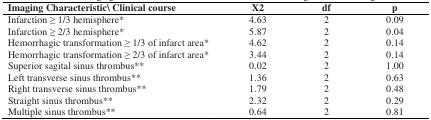
<table><thead><tr><td><b>Imaging Characteristic\ Clinical course</b></td><td><b>X2</b></td><td><b>df</b></td><td><b>p</b></td></tr></thead><tbody><tr><td>Infarction ≥ 1/3 hemisphere*</td><td>4.63</td><td>2</td><td>0.09</td></tr><tr><td>Infarction ≥ 2/3 hemisphere*</td><td>5.87</td><td>2</td><td>0.04</td></tr><tr><td>Hemorrhagic transformation ≥ 1/3 of infarct area*</td><td>4.62</td><td>2</td><td>0.14</td></tr><tr><td>Hemorrhagic transformation ≥ 2/3 of infarct area*</td><td>3.44</td><td>2</td><td>0.14</td></tr><tr><td>Superior sagital sinus thrombus**</td><td>0.02</td><td>2</td><td>1.00</td></tr><tr><td>Left transverse sinus thrombus**</td><td>1.36</td><td>2</td><td>0.63</td></tr><tr><td>Right transverse sinus thrombus**</td><td>1.79</td><td>2</td><td>0.48</td></tr><tr><td>Straight sinus thrombus**</td><td>2.32</td><td>2</td><td>0.29</td></tr><tr><td>Multiple sinus thrombus**</td><td>0.64</td><td>2</td><td>0.81</td></tr></tbody></table>